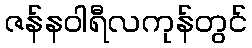
ဇန်နဝါရီလကုန်တွင်